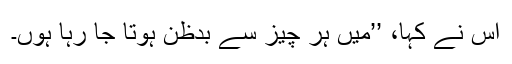
اس نے کہا، ’’میں ہر چیز سے بدظن ہوتا جا رہا ہوں۔